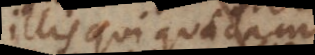
illis qui quadam